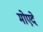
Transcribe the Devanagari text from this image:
मोएदे